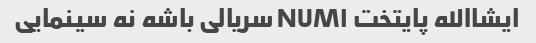
ایشاالله پایتخت NUM۱ سریالی باشه نه سینمایی